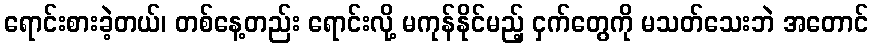
ရောင်းစားခဲ့တယ်၊ တစ်နေ့တည်း ရောင်းလို့ မကုန်နိုင်မည့် ငှက်တွေကို မသတ်သေးဘဲ အတောင်